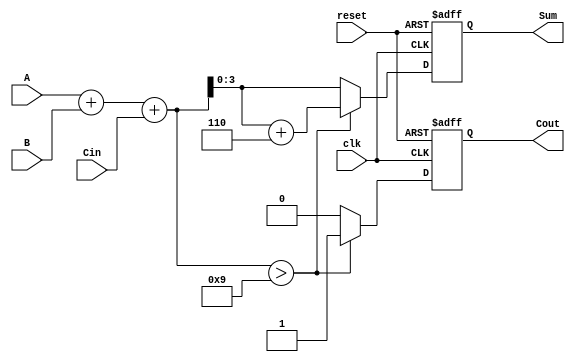
module BCD_Sequential_Adder (
    input wire [3:0] A,       // BCD input A
    input wire [3:0] B,       // BCD input B
    input wire Cin,           // Carry input
    input wire clk,           // Clock signal
    input wire reset,         // Reset signal
    output reg [3:0] Sum,     // BCD result output
    output reg Cout           // Carry output
);

    reg [4:0] binary_sum;     // 5-bit sum to accommodate carry

    // Always block to perform addition and BCD correction
    always @(posedge clk or posedge reset) begin
        if (reset) begin
            Sum <= 4'b0000;    // Reset Sum
            Cout <= 1'b0;      // Reset Cout
        end else begin
            // Perform binary addition
            binary_sum = A + B + Cin;

            // Check if correction is needed
            if (binary_sum > 9) begin
                binary_sum = binary_sum + 5'b00110; // Add 6 for BCD correction
                Cout <= 1'b1; // Set carry out
            end else begin
                Cout <= 1'b0; // No carry out
            end

            // Assign the 4-bit sum
            Sum <= binary_sum[3:0]; // Take lower 4 bits as the BCD sum
        end
    end

endmodule